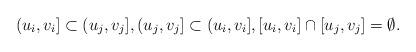
LaTeX: \begin{align*}(u_i,v_i]\subset (u_j,v_j], (u_j,v_j]\subset (u_i,v_i],[u_i,v_i]\cap [u_j,v_j]=\emptyset.\end{align*}